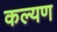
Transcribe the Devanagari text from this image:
कल्यण